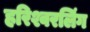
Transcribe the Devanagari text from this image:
हरिश्वरलिंग